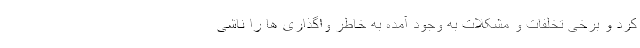
کرد و برخی تخلفات و مشکلات به وجود آمده به خاطر واگذاری ها را ناشی